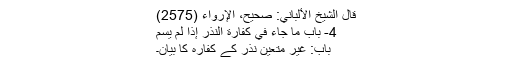
قال الشيخ الألباني: صحيح، الإرواء (2575)
4- باب مَا جَاءَ فِي كَفَّارَةِ النَّذْرِ إِذَا لَمْ يُسَمَّ
باب: غیر متعین نذر کے کفارہ کا بیان۔